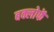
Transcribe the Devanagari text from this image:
बक्लोफें